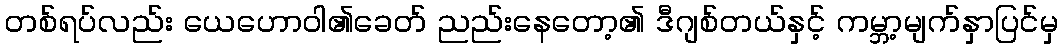
တစ်ရပ်လည်း ယေဟောဝါ၏ခေတ် ညည်းနေတော့၏ ဒီဂျစ်တယ်နှင့် ကမ္ဘာ့မျက်နှာပြင်မှ